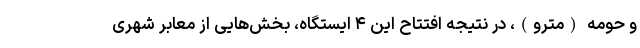
و حومه (مترو)، در نتیجه افتتاح این ۴ ایستگاه، بخش‌هایی از معابر شهری